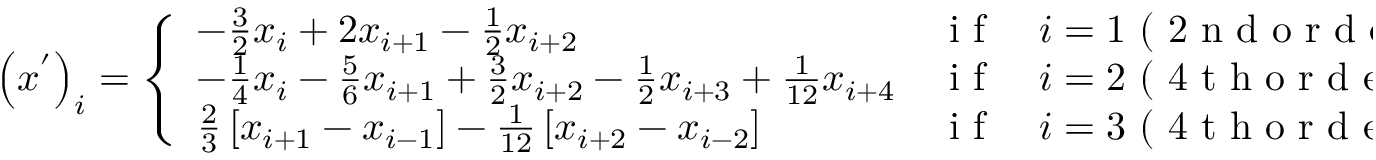
\left( x ^ { ' } \right) _ { i } = \left\{ \begin{array} { l l } { - \frac { 3 } { 2 } x _ { i } + 2 x _ { i + 1 } - \frac { 1 } { 2 } x _ { i + 2 } } & { \mathrm { ~ i ~ f ~ } \quad i = 1 \mathrm { ~ ( ~ 2 ~ n ~ d ~ o ~ r ~ d ~ e ~ r ~ o ~ n ~ e ~ s ~ i ~ d ~ e ~ d ~ ) ~ } , } \\ { - \frac { 1 } { 4 } x _ { i } - \frac { 5 } { 6 } x _ { i + 1 } + \frac { 3 } { 2 } x _ { i + 2 } - \frac { 1 } { 2 } x _ { i + 3 } + \frac { 1 } { 1 2 } x _ { i + 4 } } & { \mathrm { ~ i ~ f ~ } \quad i = 2 \mathrm { ~ ( ~ 4 ~ t ~ h ~ o ~ r ~ d ~ e ~ r ~ p ~ a ~ r ~ t ~ i ~ a ~ l ~ l ~ y ~ o ~ n ~ e ~ s ~ i ~ d ~ e ~ d ~ ) ~ } , } \\ { \frac { 2 } { 3 } \left[ x _ { i + 1 } - x _ { i - 1 } \right] - \frac { 1 } { 1 2 } \left[ x _ { i + 2 } - x _ { i - 2 } \right] } & { \mathrm { ~ i ~ f ~ } \quad i = 3 \mathrm { ~ ( ~ 4 ~ t ~ h ~ o ~ r ~ d ~ e ~ r ~ c ~ e ~ n ~ t ~ r ~ a ~ l ~ ) ~ } . } \end{array} \right.